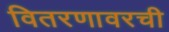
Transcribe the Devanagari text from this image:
वितरणावरची